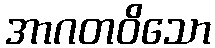
အာဂတဝိသော